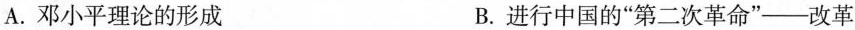
A.邓小平理论的形成 B.进行中国的”第二次革命”—改革